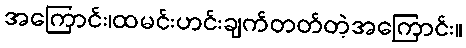
အကြောင်း၊ထမင်းဟင်းချက်တတ်တဲ့အကြောင်း။